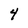
Character: 4